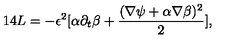
1 4 L = - \epsilon ^ { 2 } [ \alpha \partial _ { t } \beta + { \frac { ( \nabla \psi + \alpha \nabla \beta ) ^ { 2 } } { 2 } } ] ,